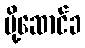
ပို့ဆောင်ခ